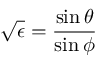
\displaystyle \sqrt { \epsilon } = \frac { \sin \theta } { \sin \phi }